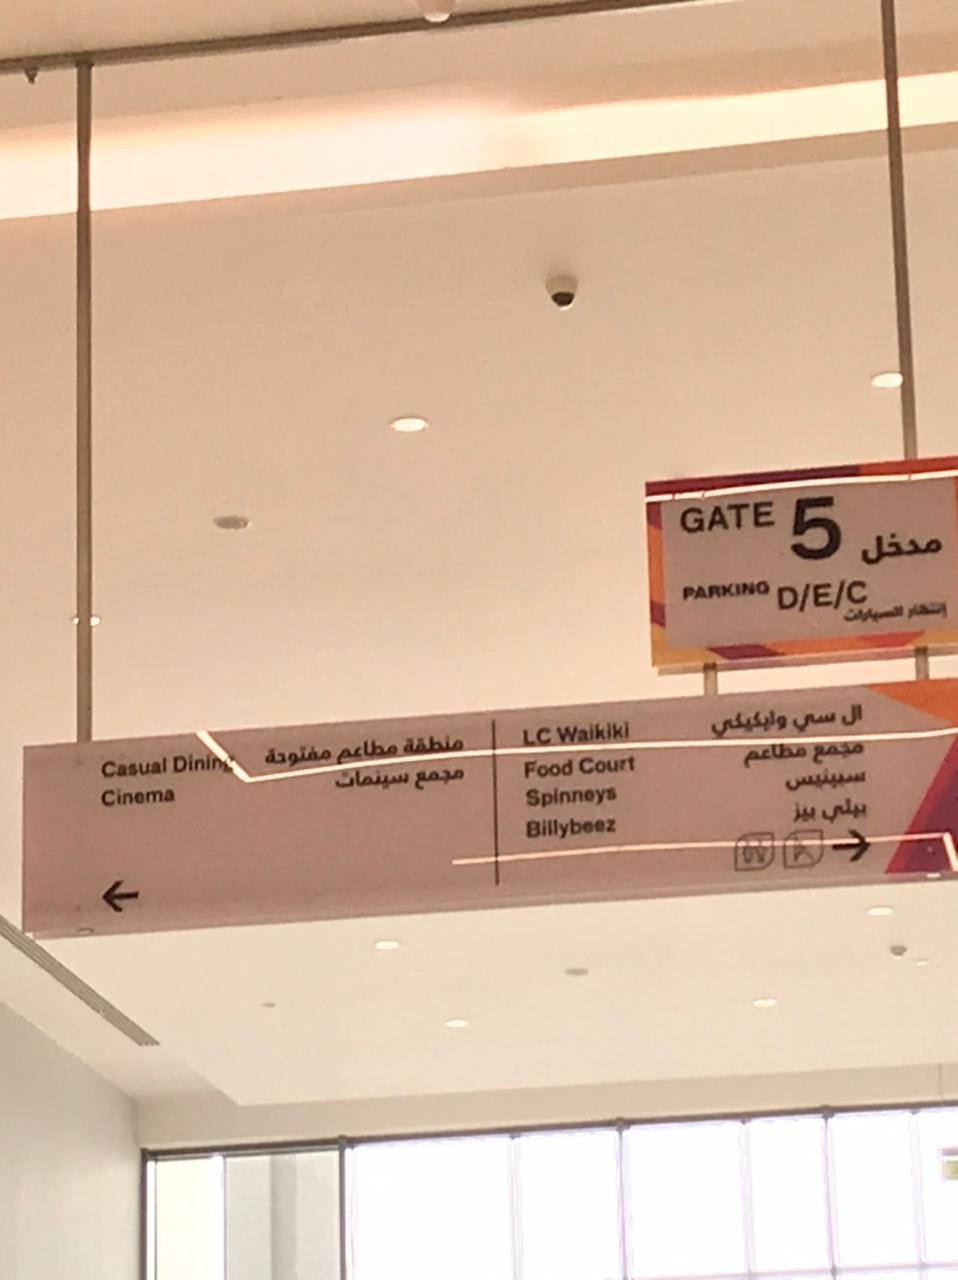
Text in image: مدخل إنتظار السيارات ال سي وايكيكي منطقة مجمع مطاعم مفتوحة مطاعم سبينيس مجمع سينمات بيلي بيز GATE 5 PARKING D/E/C Waikiki LC Dining Court Casual Food Spinneys Cinema Billybeez